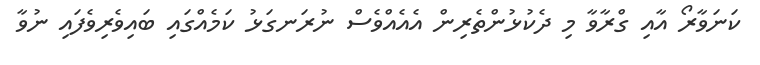
ކަނަވާރޯ އާއި ގްރާވާ މި ދެކުޅުންތެރިން އެއެއްވެސް ނުރަނގަޅު ކަމެއްގައި ބައިވެރިވެފައި ނުވާ